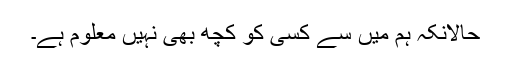
حالانکہ ہم میں سے کسی کو کچھ بھی نہیں معلوم ہے۔